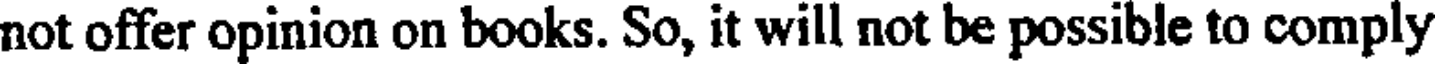
not offer opinion on books. So, it will not be possible to comply